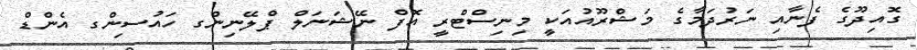
ގޮއިދޫގެ ފެނާއި ނަރުދަމާގެ މަޝްރޫއުއަކީ މިނިސްޓްރީ އޮފް ނޭޝަނަލް ޕްލޭނިންގ ހައުސިންގ އެންޑް